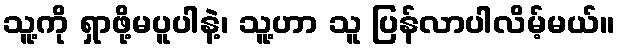
သူ့ကို ရှာဖို့မပူပါနဲ့၊ သူ့ဟာ သူ ပြန်လာပါလိမ့်မယ်။